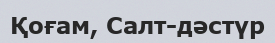
Қоғам, Салт-дәстүр